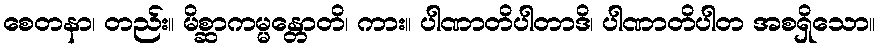
စေတနာ၊ တည်း။ မိစ္ဆာကမ္မန္တောတိ၊ ကား။ ပါဏာတိပါတာဒိ၊ ပါဏာတိပါတ အစရှိသော။